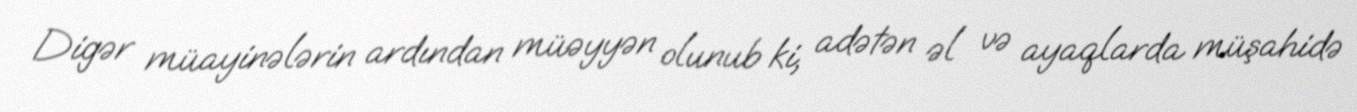
Digər müayinələrin ardından müəyyən olunub ki, adətən əl və ayaqlarda müşahidə